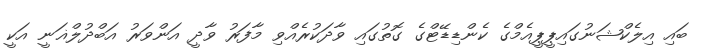
ބައި އިލެކްޝަނުގައިޕީޕީއެމްގެ ކެންޑިޑޭޓްގެ ގޮތުގައި ވާދަކުރެއްވި މާފަރު ވާދީ އަންވަރު އަބްދުލްޣަނީ އަކީ